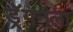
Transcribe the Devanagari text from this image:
ड्रॅगनला